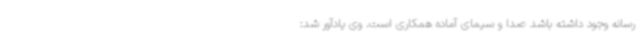
رسانه وجود داشته باشد صدا و سیمای آماده همکاری است. وی یادآور شد: